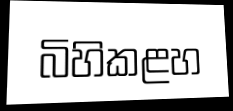
බිහිකළහ